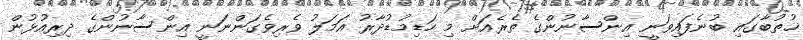
ޚުތުބާގައި ބުނެފައިވަނީ އިންސާނުންގެ ތެރެއަށް މި ހަޑިމުޑުދާރު އަމަލު ވެރިވެގަންނަނީ އިންސާނުންގެ ދިރިއުޅުން